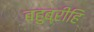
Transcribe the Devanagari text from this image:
बहुब्रीहि